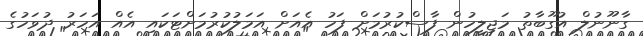
ގާނޫނުލް އުގޫބާތު މަޖިލީހުން ފާސްކުރުމަށް ފަހު އެއަށް އަމަލުކުރުމަށްޓަކައި އެއް އަހަރު ދުވަހުގެ